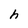
Character: h